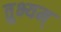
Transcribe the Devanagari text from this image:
तुभ्यम्